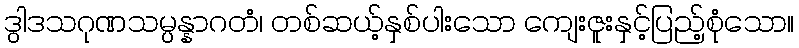
ဒွါဒသဂုဏသမ္ပန္နာဂတံ၊ တစ်ဆယ့်နှစ်ပါးသော ကျေးဇူးနှင့်ပြည့်စုံသော။